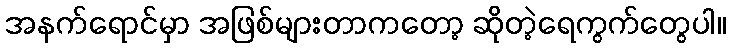
အနက်ရောင်မှာ အဖြစ်များတာကတော့ ဆိုတဲ့ရေကွက်တွေပါ။